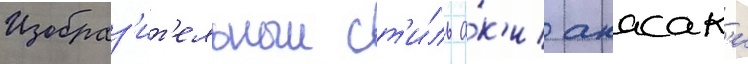
Изобраз'ит'ельныи ст'и́ль а́к'и акасак'и